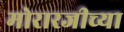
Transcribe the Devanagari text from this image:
मोरारजीच्या